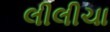
લીલીચા